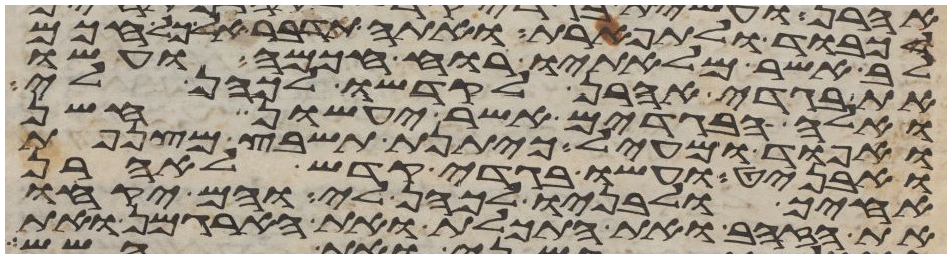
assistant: לכבוד ולתפארת ואתה תדבר אל כל חכם
לב אשר מלאתיו רוח חכמה ועשו
את בגדי אהרן לקדשו לכהן לי
ואלה הבגדים אשר יעשון חשן
ואפוד ומעיל כיתנת תשבץ מצנפת
ואבניט ועשו בגדי קדש לאהרן
אחיך ולבניו לכהן לי והם יקחו
את הזהב ואת התכלת ואת הארגמן ואת